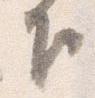
下